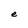
Character: e